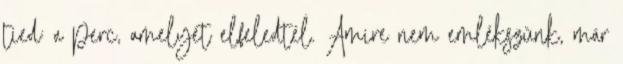
tied: a perc, amelyet elfeledtél. Amire nem emlékszünk, már